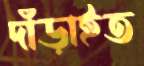
দাঁড়াইত